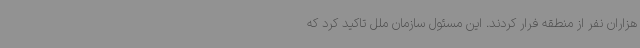
هزاران نفر از منطقه فرار کردند. این مسئول سازمان ملل تاکید کرد که